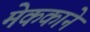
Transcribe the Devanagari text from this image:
मेककाने